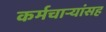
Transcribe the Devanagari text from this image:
कर्मचाऱ्यांसह